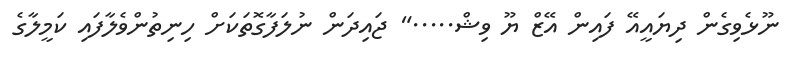
ނޫޅެވިގެން ދިޔައީއޭ ފައިން އޭޒް ޔޫ ވިޝް....." ޖައިދަން ނުލަފާގޮތަކަށް ހިނިތުންވެލާފައި ކަމީލާގެ